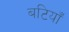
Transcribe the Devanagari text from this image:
बटियाँ